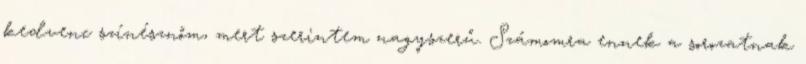
kedvenc színésznőm, mert szerintem nagyszerű. Számomra ennek a sorozatnak